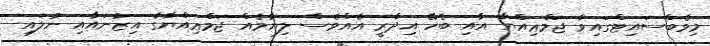
މިވެބްސައިޓްގައިވާ ޖަމްޢިއްޔާ އާއި ބެހޭ އިދާރީ އެއްވެސް ލިޔުމެއް ޖަމްޢިއްޔާގެ އިޒުނައާއި ނުލައި